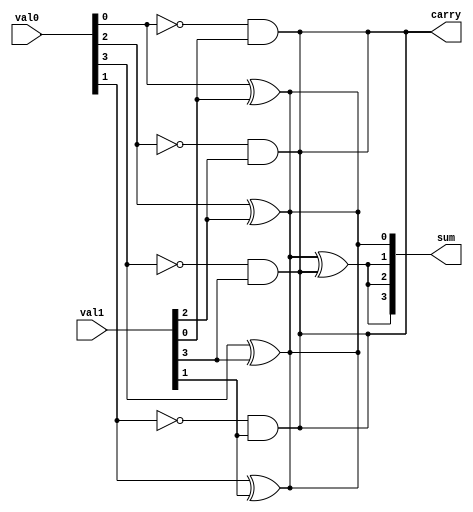
module Sub(
	output		     [3:0]		sum,
	output		     				carry,
	input 		     [3:0]		val0,
	input				  [3:0]		val1
);


wire  [4:0] send;
assign send[0]=0;
parameter j=4;//links 4 bits
assign carry=send[4];
//sets up the output parameters
generate
	genvar i;
	for (i=0; i<j; i=i+1)
		begin: subit//has the contents of one full subtractor
			reg   Wire1;
			reg   Wire2;
			reg   Wire3;
			 and(wire3, ~val0[i], val1[i]);
			 and(wire2, ~wire1, send[i]);
			 xor(wire1,val0[i] , val1[i]);
			 xor(sum[i], wire1 ,send[i]);
			 or(send[i+1], wire2, wire3);
		end
		//the for loop links four full subtractors together to make a 4 bit subtractor
endgenerate

endmodule